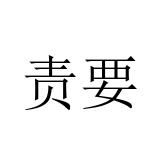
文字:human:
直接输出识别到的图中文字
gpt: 责要